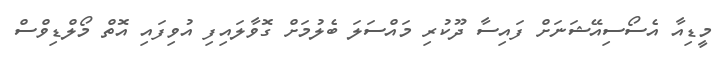
މީޑިއާ އެސޯސިއޭޝަނަށް ފައިސާ ދޫކުރި މައްސަލަ ބެލުމަށް ގޮވާލައިފި އުވިފައި އޮތް މޯލްޑިވްސް